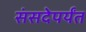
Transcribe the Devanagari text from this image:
संसदेपर्यंत